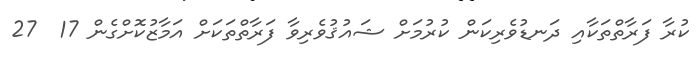
ކުރާ ފަރާތްތަކާއި ދަނޑުވެރިކަން ކުރުމަށް ޝައުޤުވެރިވާ ފަރާތްތަކަށް އަމާޒުކޮށްގެން 17  27